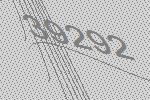
39292